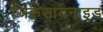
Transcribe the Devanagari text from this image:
जिकसायनाइड